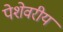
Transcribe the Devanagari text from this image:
पेशेवरीय